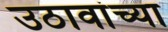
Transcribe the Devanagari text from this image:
उठावांच्या